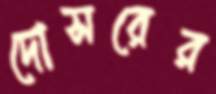
দোসরের